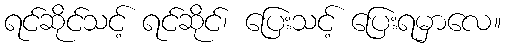
ရင်ဆိုင်သင့် ရင်ဆိုင်၊ ပြေးသင့် ပြေးရမှာလေ။